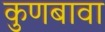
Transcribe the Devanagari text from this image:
कुणबावा